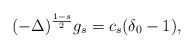
\begin{align*} (-\Delta)^{\frac{1-s}{2}}g_s=c_s(\delta_0-1),\end{align*}